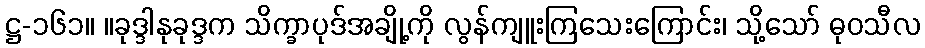
ဋ္ဌ-၁၆၁။ ။ခုဒ္ဒါနုခုဒ္ဒက သိက္ခာပုဒ်အချို့ကို လွန်ကျူးကြသေးကြောင်း၊ သို့သော် ဓုဝသီလ